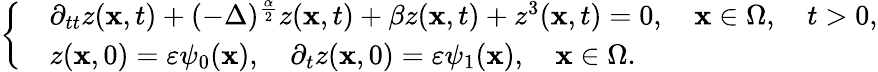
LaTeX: \left\{ \begin{array}{rl}&{\partial_{tt}z(\textbf{x},t)+(-\Delta)^{\frac{\alpha}{2}}z(\textbf{x},t)+\beta z(\textbf{x},t)+z^{3}(\textbf{x},t)=0,\quad\textbf{x}\in\Omega,\quad t>0,}\\ &{z(\textbf{x},0)=\varepsilon\psi_{0}(\textbf{x}),\quad\partial_{t}z(\textbf{x},0)=\varepsilon\psi_{1}(\textbf{x}),\quad\textbf{x}\in\Omega.}\end{array}\right.